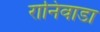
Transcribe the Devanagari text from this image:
रानिवाडा